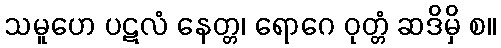
သမူဟေ ပဋလံ နေတ္တ၊ ရောဂေ ဝုတ္တံ ဆဒိမှိ စ။